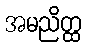
အမညိတ္ထ